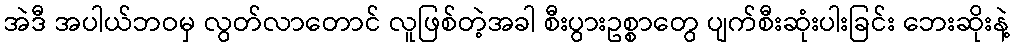
အဲဒီ အပါယ်ဘဝမှ လွတ်လာတောင် လူဖြစ်တဲ့အခါ စီးပွားဥစ္စာတွေ ပျက်စီးဆုံးပါးခြင်း ဘေးဆိုးနဲ့